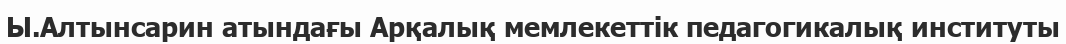
Ы.Алтынсарин атындағы Арқалық мемлекеттік педагогикалық институты